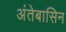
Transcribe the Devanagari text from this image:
अंतेबासिन